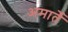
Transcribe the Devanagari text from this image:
अमार्ते